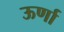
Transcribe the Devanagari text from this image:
ऊर्णा